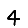
Digit: 4